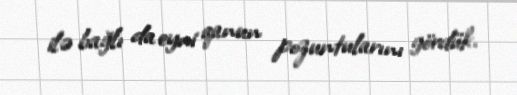
ilə bağlı da eyni qanun pozuntularını gördük.